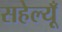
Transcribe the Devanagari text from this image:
सहेल्यूँ